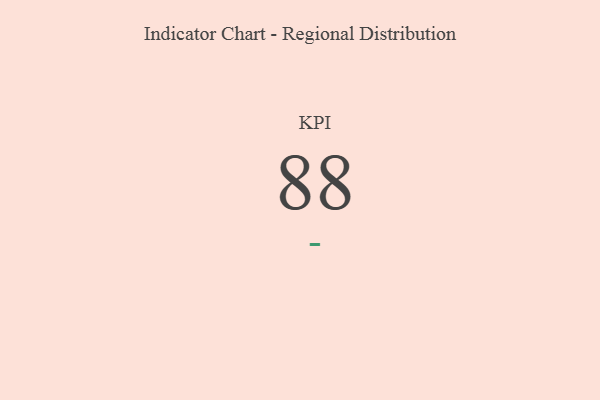
{"axis": {"x": "KPI", "y": "Value"}, "legend": [""], "data": [{"x": "KPI", "y": 88, "type": ""}]}